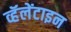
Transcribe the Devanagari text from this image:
व्हॅलेंटाइन